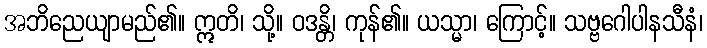
အဘိညေယျာမည်၏။ ဣတိ၊ သို့။ ဝဒန္တိ၊ ကုန်၏။ ယသ္မာ၊ ကြောင့်။ သဗ္ဗဂေါပါနသီနံ၊